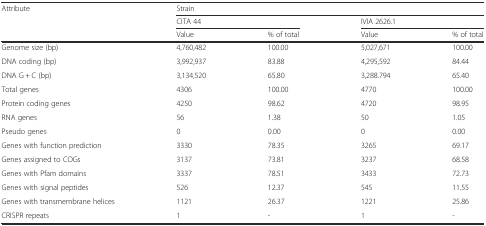
<table><thead><tr><td><b>Attribute</b></td><td colspan="4"><b>Strain</b></td></tr><tr><td></td><td colspan="2"><b>CITA 44</b></td><td colspan="2"><b>IVIA 2626.1</b></td></tr><tr><td></td><td><b>Value</b></td><td><b>% of total</b></td><td><b>Value</b></td><td><b>% of total</b></td></tr></thead><tbody><tr><td>Genome size (bp)</td><td>4,760,482</td><td>100.00</td><td>5,027,671</td><td>100.00</td></tr><tr><td>DNA coding (bp)</td><td>3,992,937</td><td>83.88</td><td>4,295,592</td><td>84.44</td></tr><tr><td>DNA G + C (bp)</td><td>3,134,520</td><td>65.80</td><td>3,288.794</td><td>65.40</td></tr><tr><td>Total genes</td><td>4306</td><td>100.00</td><td>4770</td><td>100.00</td></tr><tr><td>Protein coding genes</td><td>4250</td><td>98.62</td><td>4720</td><td>98.95</td></tr><tr><td>RNA genes</td><td>56</td><td>1.38</td><td>50</td><td>1.05</td></tr><tr><td>Pseudo genes</td><td>0</td><td>0.00</td><td>0</td><td>0.00</td></tr><tr><td>Genes with function prediction</td><td>3330</td><td>78.35</td><td>3265</td><td>69.17</td></tr><tr><td>Genes assigned to COGs</td><td>3137</td><td>73.81</td><td>3237</td><td>68.58</td></tr><tr><td>Genes with Pfam domains</td><td>3337</td><td>78.51</td><td>3433</td><td>72.73</td></tr><tr><td>Genes with signal peptides</td><td>526</td><td>12.37</td><td>545</td><td>11.55</td></tr><tr><td>Genes with transmembrane helices</td><td>1121</td><td>26.37</td><td>1221</td><td>25.86</td></tr><tr><td>CRISPR repeats</td><td>1</td><td>-</td><td>1</td><td>-</td></tr></tbody></table>